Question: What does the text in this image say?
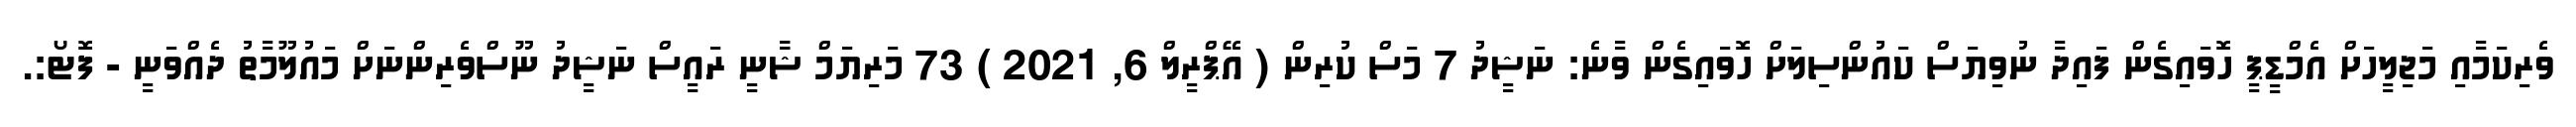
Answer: ވެރިކަމާއި މަޖިލީހަށް އެމްޑީޕީ ހޮވައިގެން ފައިދާ ނުވިޔަސް ކައުންސިލަށް ހޮވައިގެން ވާނެ: ނަޝީދު 7 މަސް ކުރިން ( އޭޕްރީލް 6, 2021 ) 73 މަރިޔަމް ޝާާނީ ރައީސް ނަޝީދު ނޫސްވެރިންނަށް މައުލޫމާތު ދެއްވަނީ - ފޮޓޯ:.